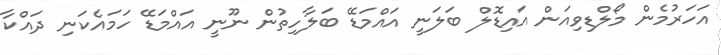
އަހަރުމެން މޯލްޑިވިއަން އައިޑޮލް ބަލަނީ އައްމަޑޭ ބަލާހިތުން ނޫނީ އައްމަޑޭ ހަމައެކަނި ދައްކާ